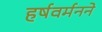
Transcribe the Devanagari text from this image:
हर्षवर्मनने